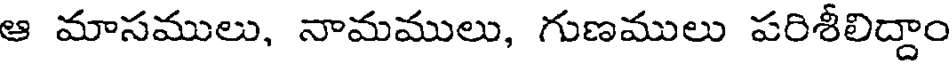
ఆ మాసములు, నామములు, గుణములు పరిశీలిద్దాం